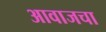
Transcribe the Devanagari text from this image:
आवाजचा